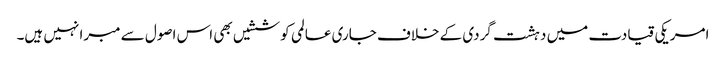
امریکی قیادت میں دہشت گردی کے خلاف جاری عالمی کوششیں بھی اس اصول سے مبرا نہیں ہیں۔